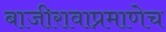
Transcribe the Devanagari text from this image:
बाजीरावाप्रमाणेच